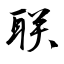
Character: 联